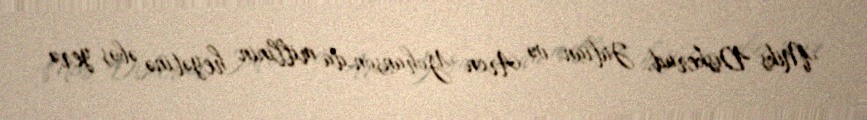
Miks Diskerud, Julian və Aron Yohanson da millinin heyətinə əbəs yerə